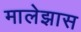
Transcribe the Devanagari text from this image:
मालेझास